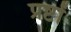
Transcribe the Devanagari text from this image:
प्रष्टों